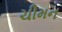
ચીમન